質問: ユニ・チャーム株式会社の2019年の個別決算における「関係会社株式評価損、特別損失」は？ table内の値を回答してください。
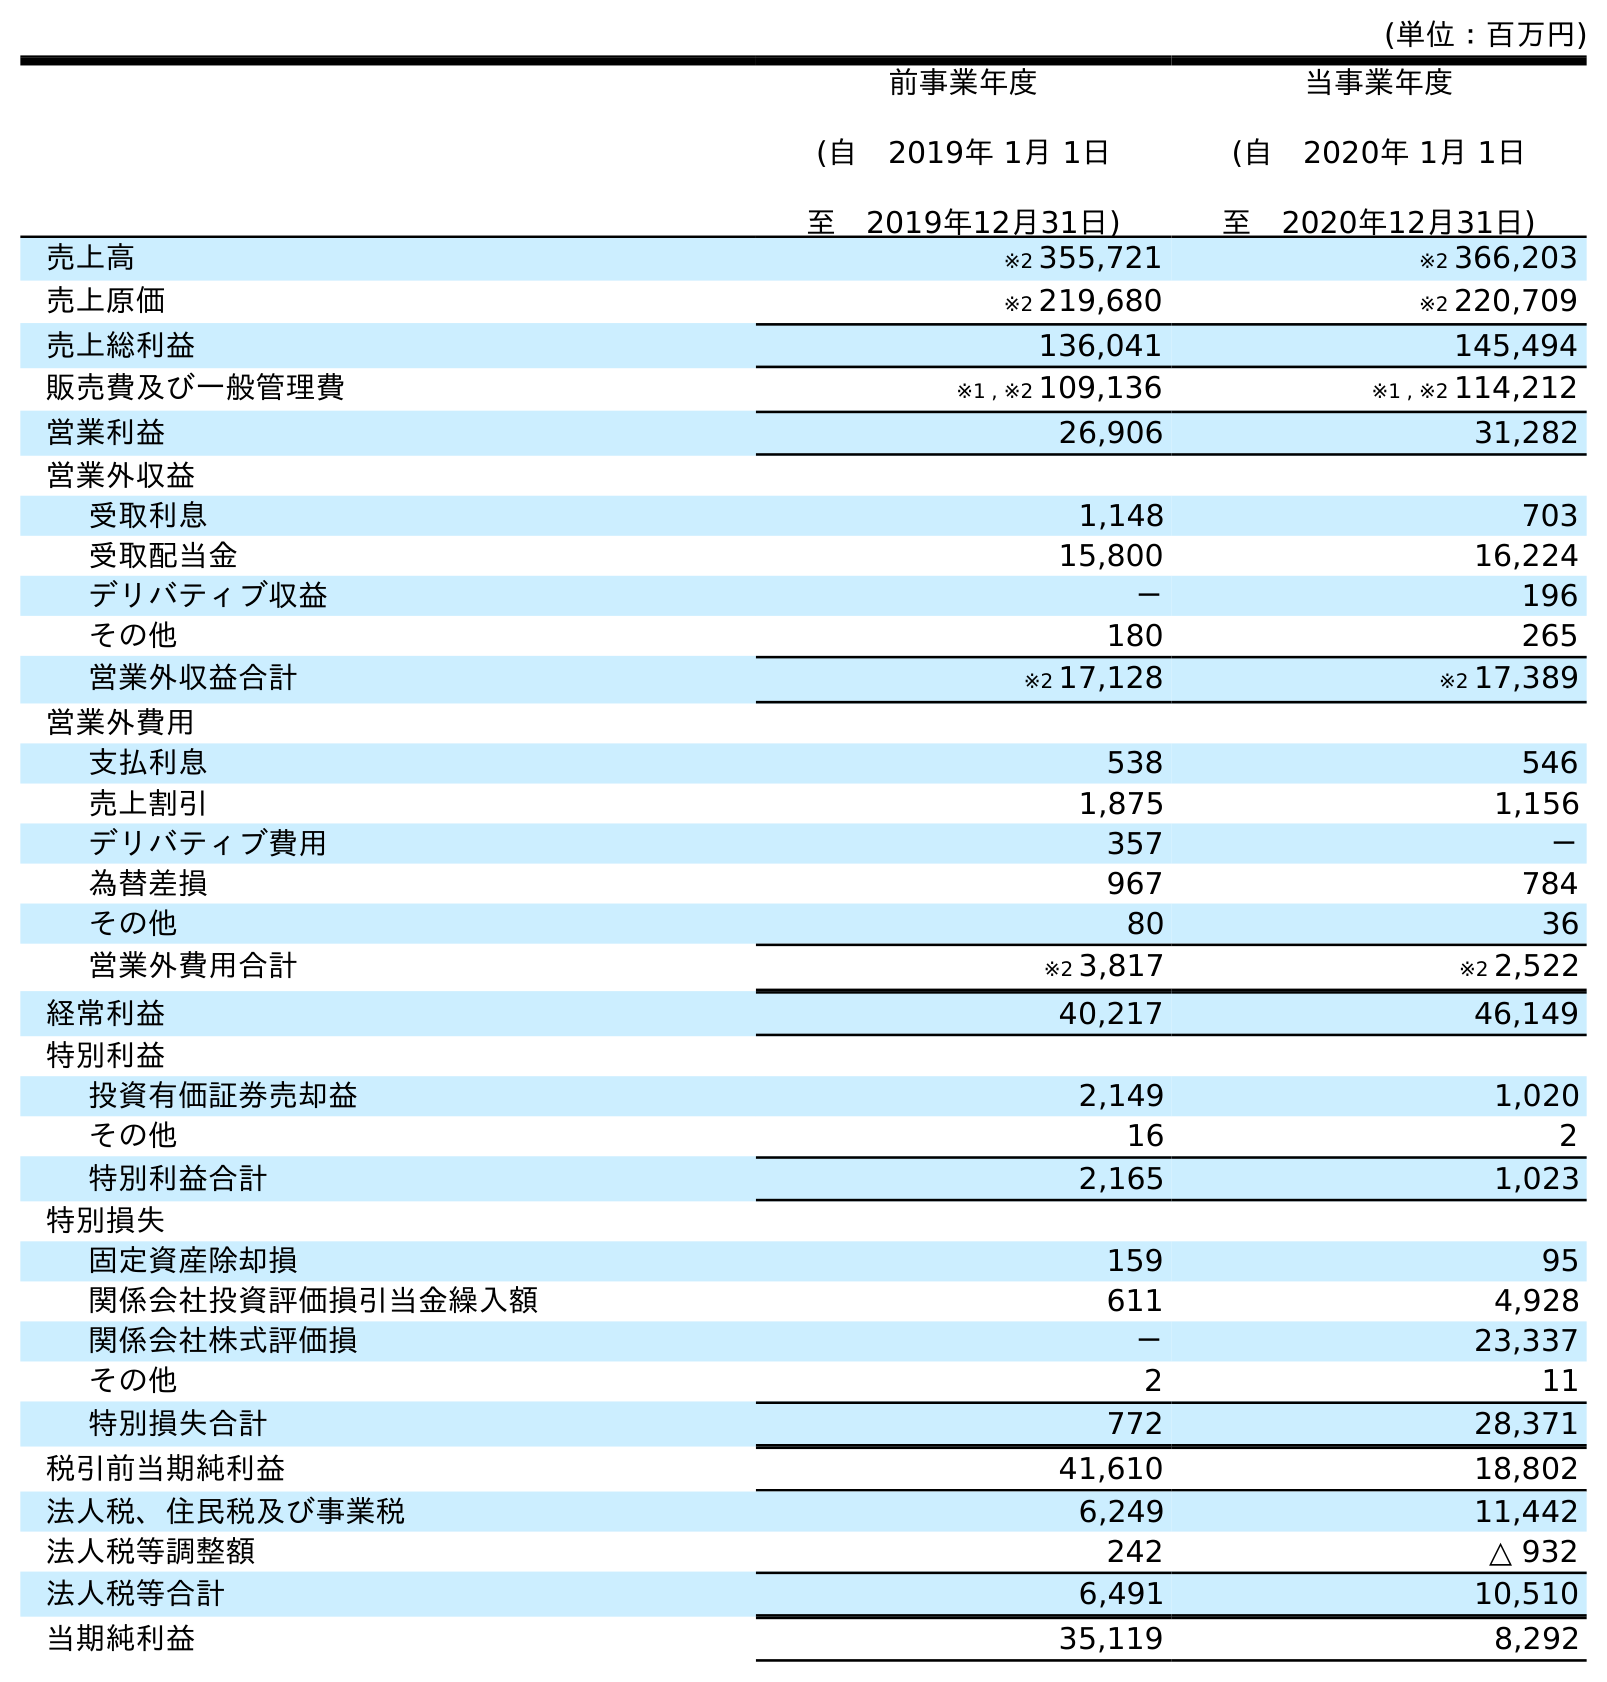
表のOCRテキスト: (単位：百万円) 前事業年度 (自 2019年 1月 1日 至 2019年12月31日) 当事業年度 (自 2020年 1月 1日 至 2020年12月31日) 売上高 ※2 355,721 ※2 366,203 売上原価 ※2 219,680 ※2 220,709 売上総利益 136,041 145,494 販売費及び一般管理費 ※1 , ※2 109,136 ※1 , ※2 114,212 営業利益 26,906 31,282 営業外収益 受取利息 1,148 703 受取配当金 15,800 16,224 デリバティブ収益 － 196 その他 180 265 営業外収益合計 ※2 17,128 ※2 17,389 営業外費用 支払利息 538 546 売上割引 1,875 1,156 デリバティブ費用 357 － 為替差損 967 784 その他 80 36 営業外費用合計 ※2 3,817 ※2 2,522 経常利益 40,217 46,149 特別利益 投資有価証券売却益 2,149 1,020 その他 16 2 特別利益合計 2,165 1,023 特別損失 固定資産除却損 159 95 関係会社投資評価損引当金繰入額 611 4,928 関係会社株式評価損 － 23,337 その他 2 11 特別損失合計 772 28,371 税引前当期純利益 41,610 18,802 法人税、住民税及び事業税 6,249 11,442 法人税等調整額 242 △ 932 法人税等合計 6,491 10,510 当期純利益 35,119 8,292
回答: －